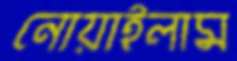
নোয়াইলাম